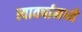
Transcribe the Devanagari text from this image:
त्यावर्षामध्ये